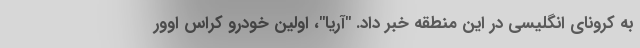
به کرونای انگلیسی در این منطقه خبر داد. "آریا"، اولین خودرو کراس اوور